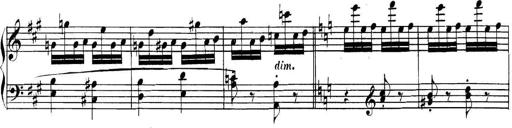
Title: Collected Piano Sonatas
Composer: Muzio Clementi